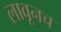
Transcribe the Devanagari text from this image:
लावूनच